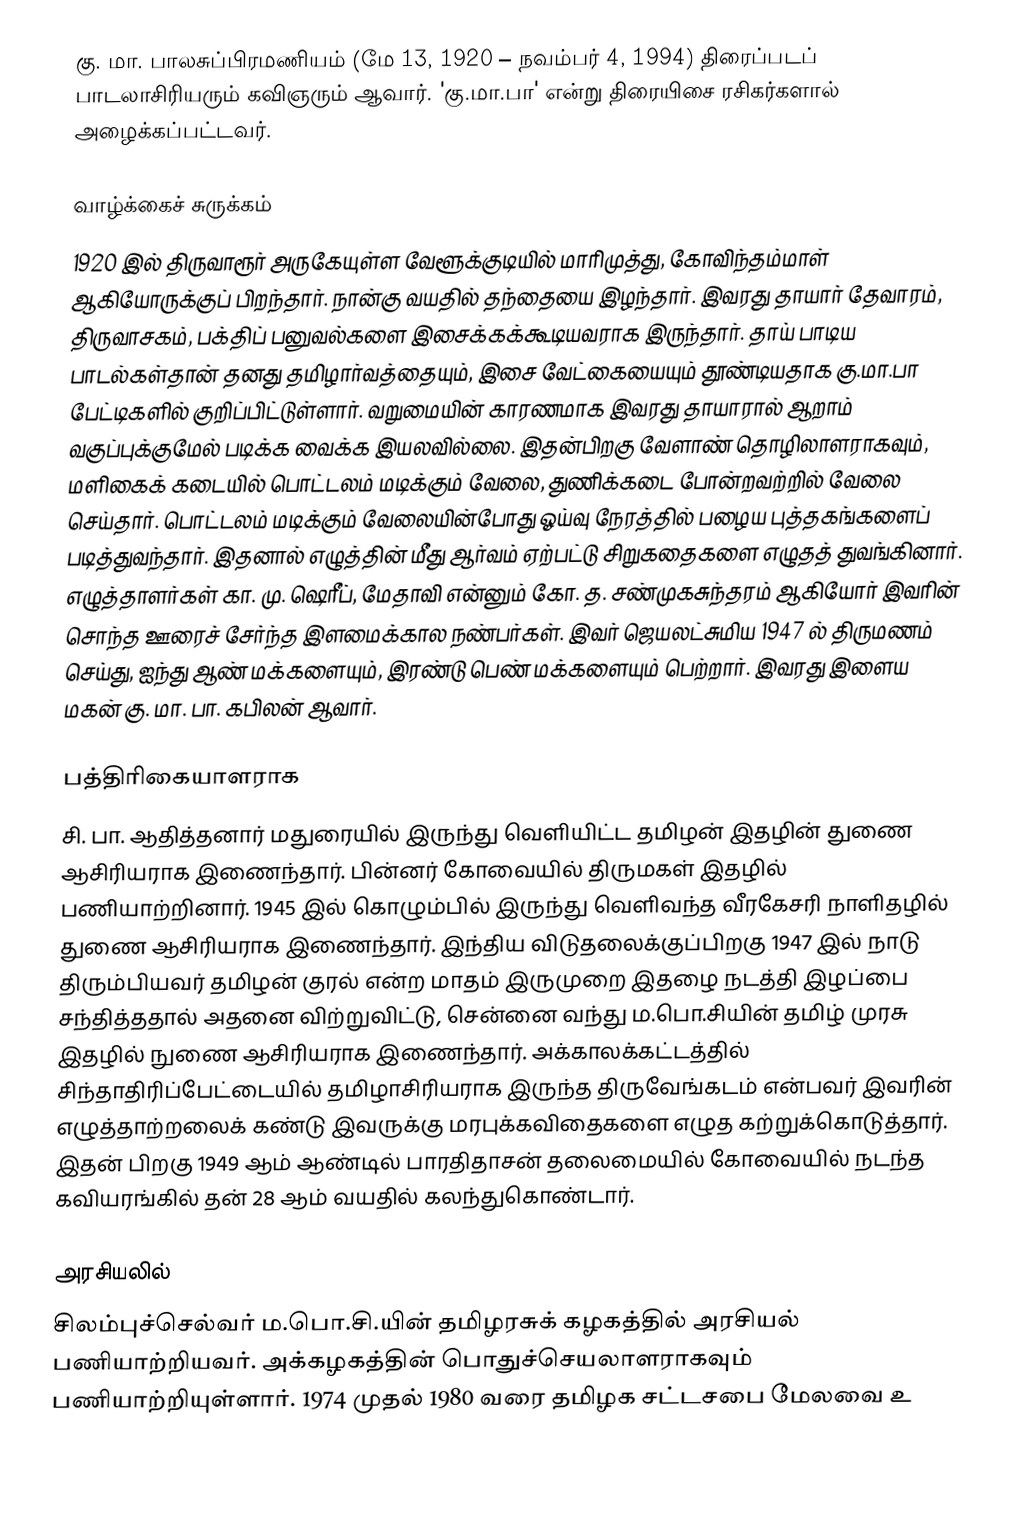
கு. மா. பாலசுப்பிரமணியம் (மே 13, 1920 – நவம்பர் 4, 1994) திரைப்படப் பாடலாசிரியரும் கவிஞரும் ஆவார். 'கு.மா.பா' என்று திரையிசை ரசிகர்களால் அழைக்கப்பட்டவர்.

வாழ்க்கைச் சுருக்கம்
1920 இல் திருவாரூர் அருகேயுள்ள வேளூக்குடியில் மாரிமுத்து, கோவிந்தம்மாள் ஆகியோருக்குப் பிறந்தார். நான்கு வயதில் தந்தையை இழந்தார். இவரது தாயார் தேவாரம், திருவாசகம், பக்திப் பனுவல்களை இசைக்கக்கூடியவராக இருந்தார். தாய் பாடிய பாடல்கள்தான் தனது தமிழார்வத்தையும், இசை வேட்கையையும் தூண்டியதாக கு.மா.பா பேட்டிகளில் குறிப்பிட்டுள்ளார். வறுமையின் காரணமாக இவரது தாயாரால் ஆறாம் வகுப்புக்குமேல் படிக்க வைக்க இயலவில்லை. இதன்பிறகு வேளாண் தொழிலாளராகவும், மளிகைக் கடையில் பொட்டலம் மடிக்கும் வேலை, துணிக்கடை போன்றவற்றில் வேலை செய்தார். பொட்டலம் மடிக்கும் வேலையின்போது ஓய்வு நேரத்தில் பழைய புத்தகங்களைப் படித்துவந்தார். இதனால் எழுத்தின் மீது ஆர்வம் ஏற்பட்டு சிறுகதைகளை எழுதத் துவங்கினார். எழுத்தாளர்கள் கா. மு. ஷெரீப், மேதாவி என்னும் கோ. த. சண்முகசுந்தரம் ஆகியோர் இவரின் சொந்த ஊரைச் சேர்ந்த இளமைக்கால நண்பர்கள். இவர்  ஜெயலட்சுமிய 1947 ல் திருமணம் செய்து, ஐந்து ஆண் மக்களையும், இரண்டு பெண் மக்களையும் பெற்றார். இவரது இளைய மகன் கு. மா. பா. கபிலன் ஆவார்.

பத்திரிகையாளராக
சி. பா. ஆதித்தனார் மதுரையில் இருந்து வெளியிட்ட தமிழன் இதழின் துணை ஆசிரியராக இணைந்தார். பின்னர் கோவையில்  திருமகள் இதழில் பணியாற்றினார். 1945 இல் கொழும்பில் இருந்து வெளிவந்த வீரகேசரி நாளிதழில் துணை ஆசிரியராக இணைந்தார். இந்திய விடுதலைக்குப்பிறகு 1947 இல் நாடு திரும்பியவர் தமிழன் குரல் என்ற மாதம் இருமுறை இதழை நடத்தி இழப்பை சந்தித்ததால் அதனை விற்றுவிட்டு, சென்னை வந்து ம.பொ.சியின் தமிழ் முரசு இதழில் நுணை ஆசிரியராக இணைந்தார். அக்காலக்கட்டத்தில் சிந்தாதிரிப்பேட்டையில் தமிழாசிரியராக இருந்த திருவேங்கடம் என்பவர் இவரின் எழுத்தாற்றலைக் கண்டு இவருக்கு மரபுக்கவிதைகளை எழுத கற்றுக்கொடுத்தார். இதன் பிறகு 1949 ஆம் ஆண்டில் பாரதிதாசன் தலைமையில் கோவையில் நடந்த கவியரங்கில் தன் 28 ஆம் வயதில் கலந்துகொண்டார்.

அரசியலில்
சிலம்புச்செல்வர் ம.பொ.சி.யின் தமிழரசுக் கழகத்தில் அரசியல் பணியாற்றியவர். அக்கழகத்தின் பொதுச்செயலாளராகவும் பணியாற்றியுள்ளார்.  1974 முதல் 1980 வரை தமிழக சட்டசபை மேலவை உ